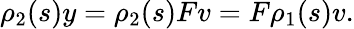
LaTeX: \rho_{2}(s)y=\rho_{2}(s)Fv=F\rho_{1}(s)v.